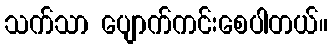
သက်သာ ပျောက်ကင်းစေပါတယ်။